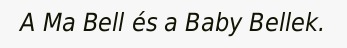
A Ma Bell és a Baby Bellek.